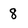
Character: 8